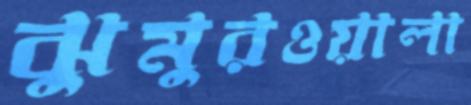
ঝুমুরওয়ালা